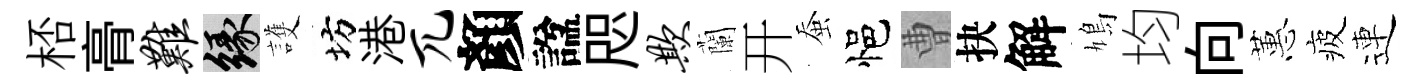
桮𮌔难緣護坊港兀顏諡咫欺蘭开蚕悒曹抉解鳩均向蕙疲連